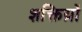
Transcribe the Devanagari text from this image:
शक्तिय़ों